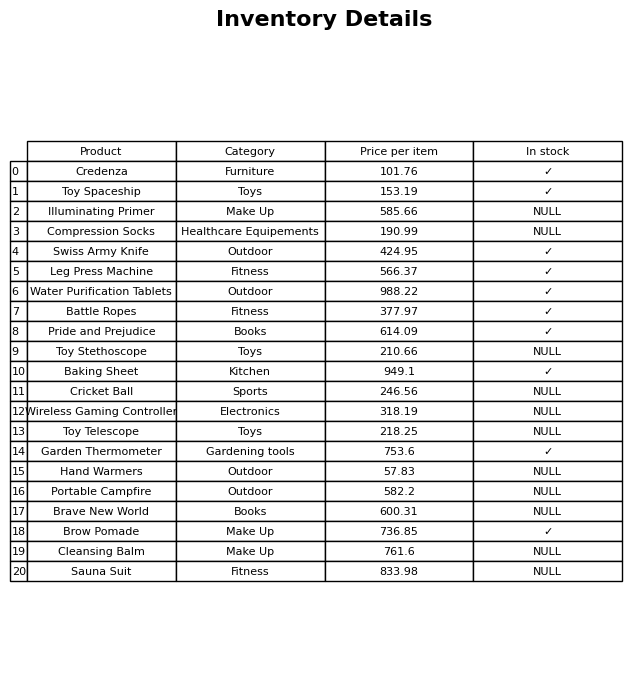
question: Which products are available in stock?
answer: Credenza, Toy Spaceship, Swiss Army Knife, Leg Press Machine, Water Purification Tablets, Battle Ropes, Pride and Prejudice, Baking Sheet, Garden Thermometer, Brow Pomade